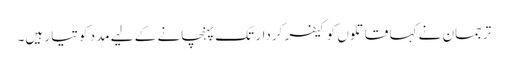
ترجمان نے کہا قاتلوں کو کیفر کردار تک پہنچانے کے لیے مدد کو تیار ہیں۔